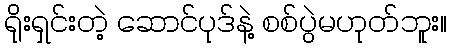
ရိုးရှင်းတဲ့ ဆောင်ပုဒ်နဲ့ စစ်ပွဲမဟုတ်ဘူး။